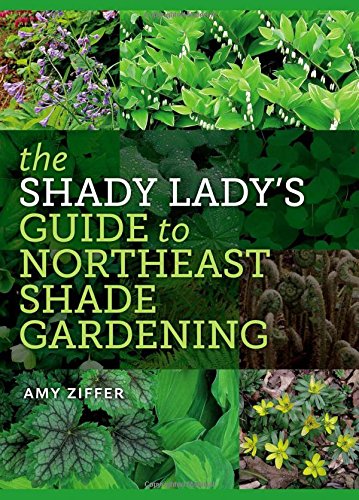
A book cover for The Shady Lady's Guide to Northeast Shade Gardening; Amy Ziffer; Crafts, Hobbies & Home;